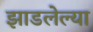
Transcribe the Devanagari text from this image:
झाडलेल्या